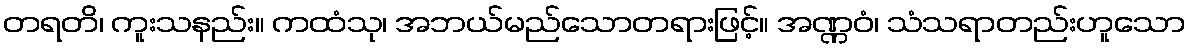
တရတိ၊ ကူးသနည်း။ ကထံသု၊ အဘယ်မည်သောတရားဖြင့်။ အဏ္ဏဝံ၊ သံသရာတည်းဟူသော